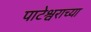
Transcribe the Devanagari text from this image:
पाटेश्वराच्या